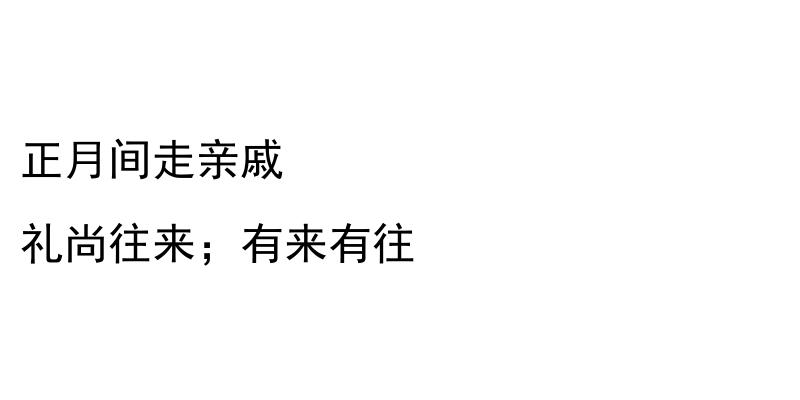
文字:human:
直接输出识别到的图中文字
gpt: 正月间走亲戚 礼尚往来；有来有往